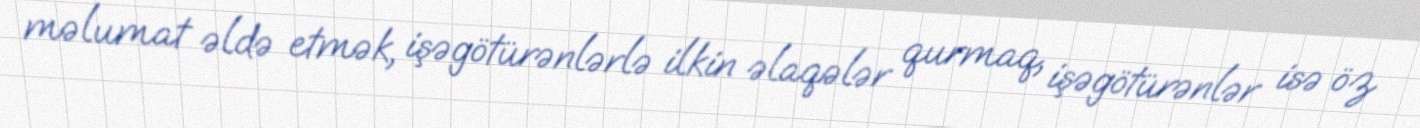
məlumat əldə etmək, işəgötürənlərlə ilkin əlaqələr qurmaq, işəgötürənlər isə öz